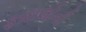
ફાઇલોની